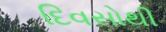
દિવસોથી